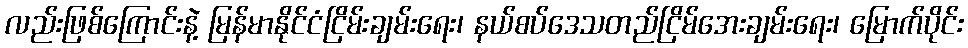
လည်းဖြစ်ကြောင်းနဲ့ မြန်မာနိုင်ငံငြိမ်းချမ်းရေး၊ နယ်စပ်ဒေသတည်ငြိမ်အေးချမ်းရေး၊ မြောက်ပိုင်း